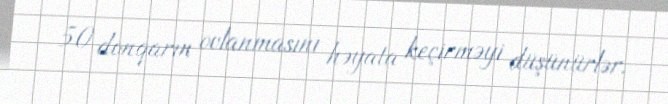
50 donqarın ovlanmasını həyata keçirməyi düşünürlər.